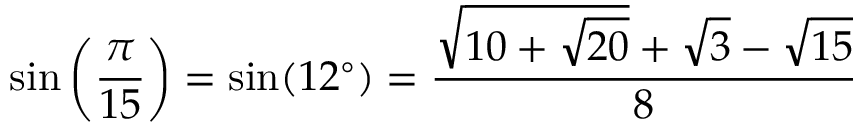
\sin \left( { \frac { \pi } { 1 5 } } \right) = \sin ( 1 2 ^ { \circ } ) = { \frac { { \sqrt { 1 0 + { \sqrt { 2 0 } } } } + { \sqrt { 3 } } - { \sqrt { 1 5 } } } { 8 } }